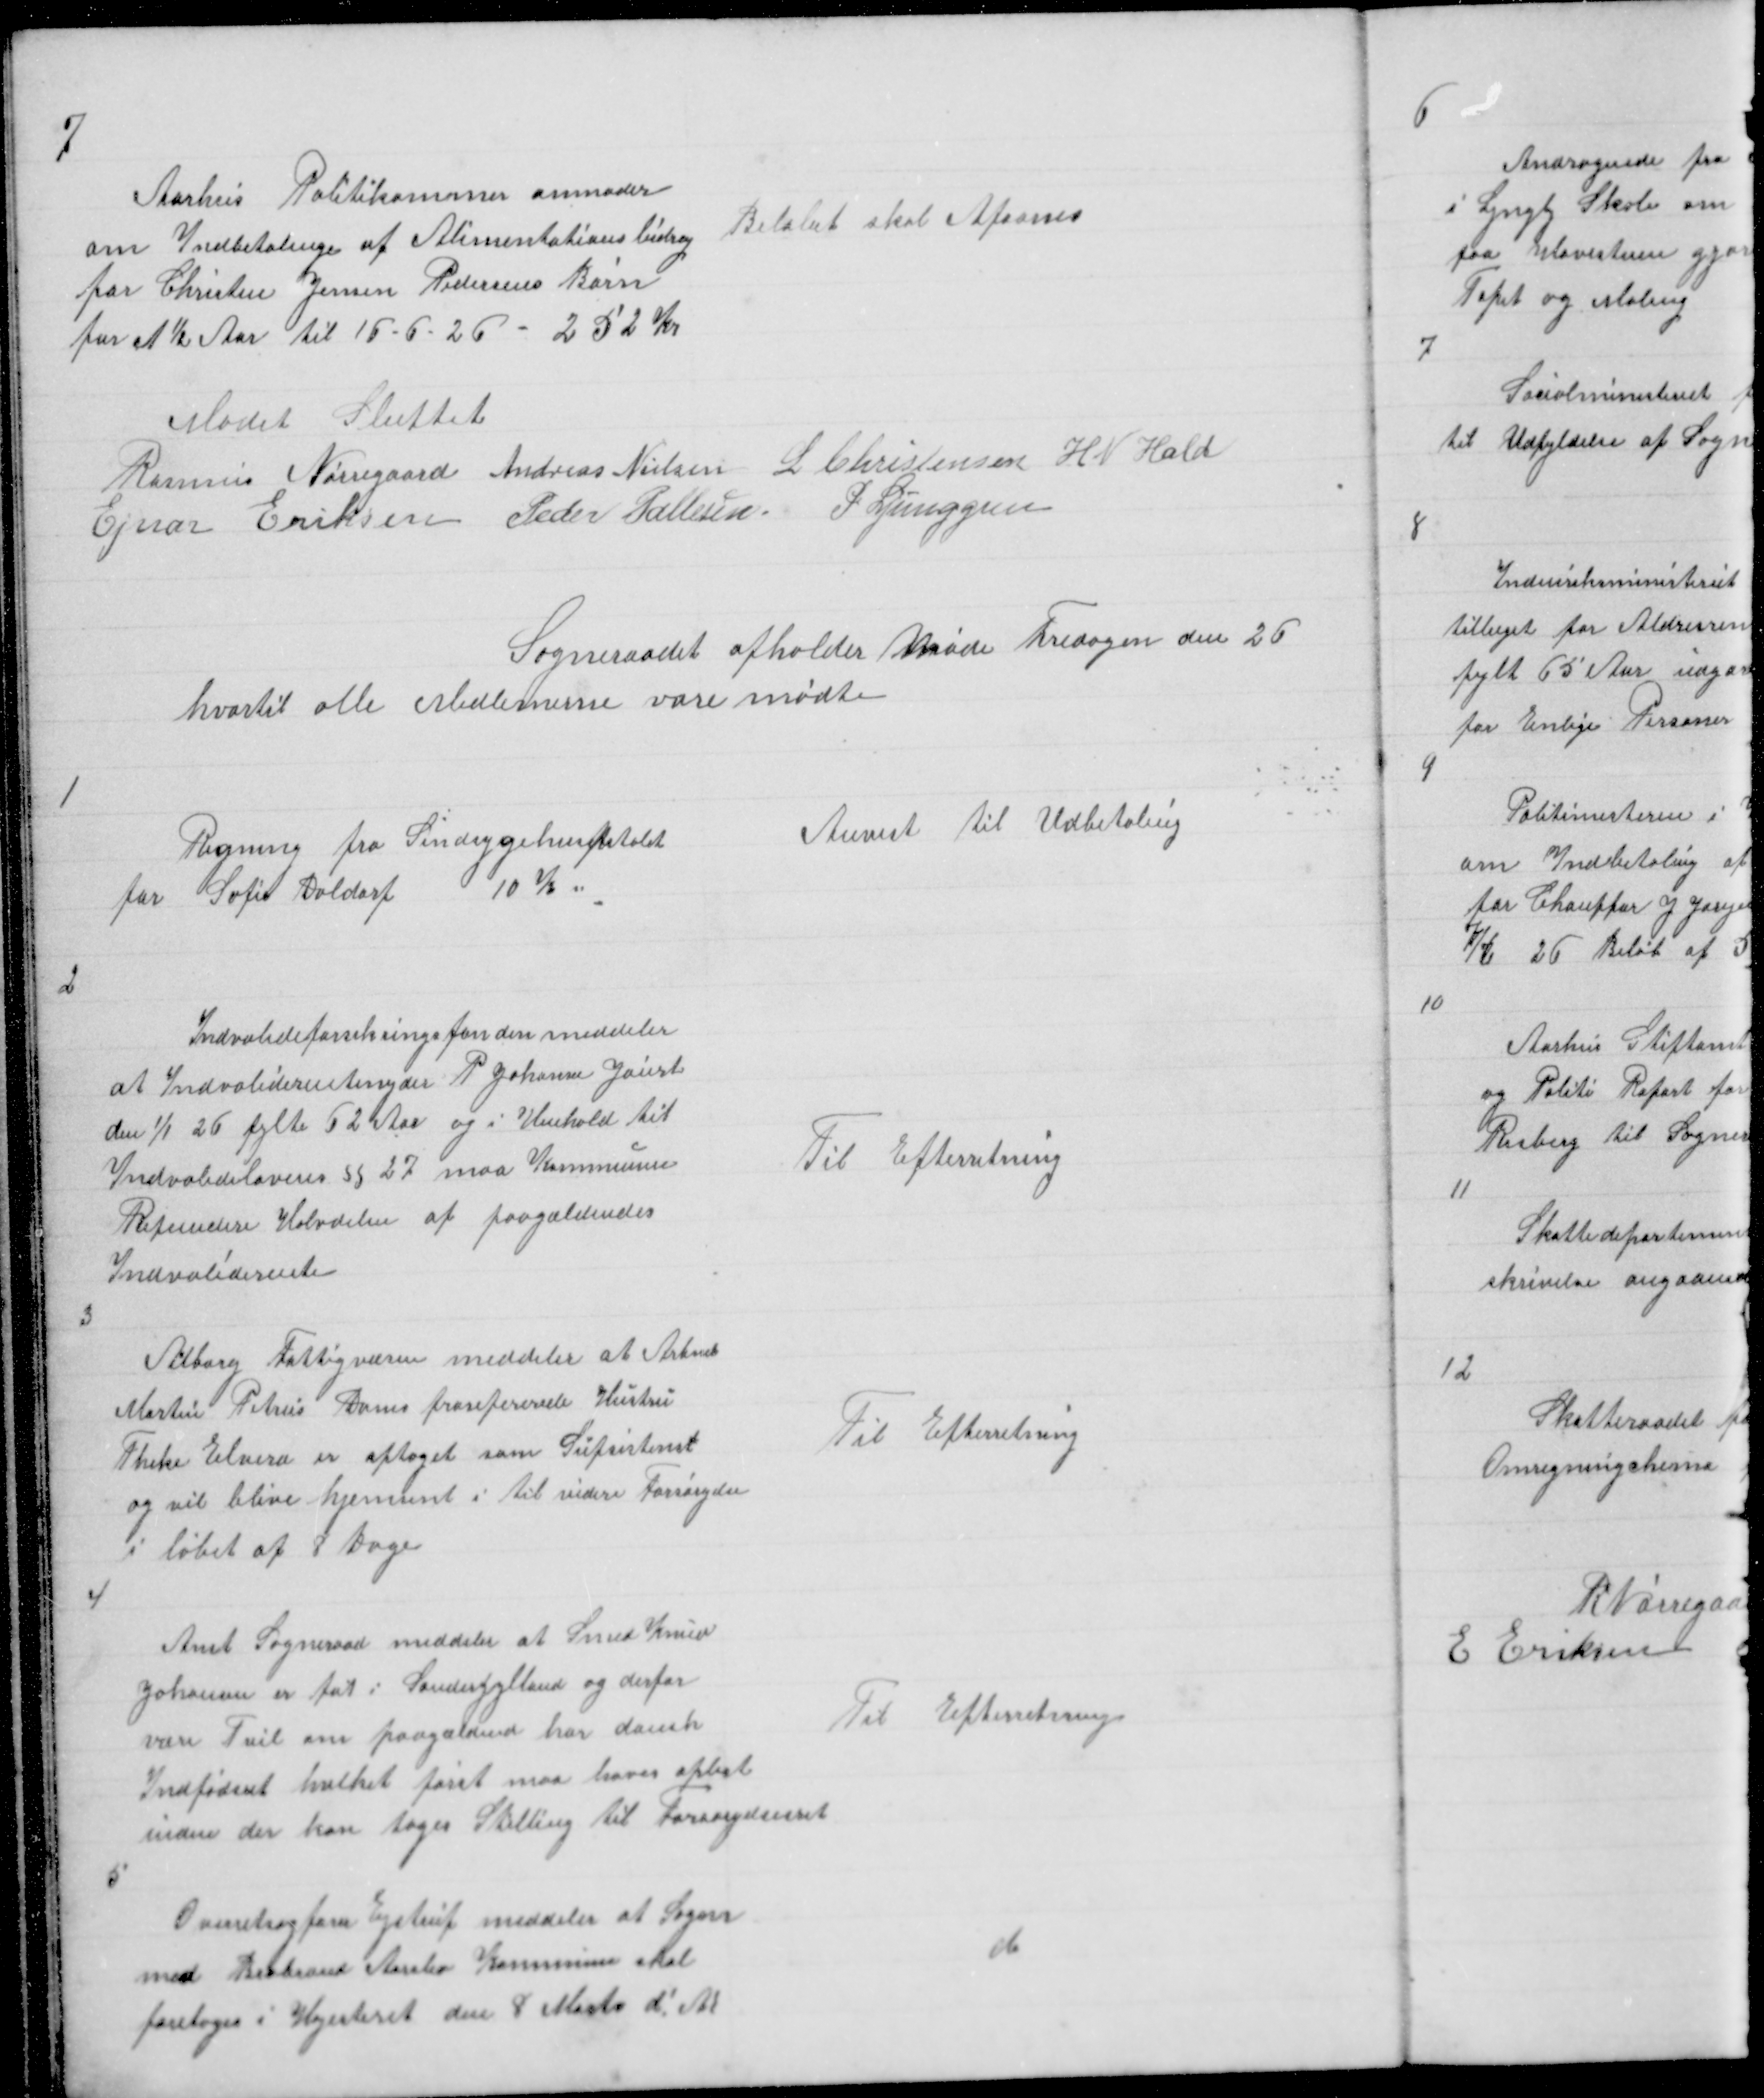
Transskription:
7

Aarhus Politikammer anmoder
om Indbetaling af Alimentationsbidrag
for Christen Jensen Pedersens Børn
for et ½ Aar til 16 - 6 26 - 252 Kr

Beløbet skal Afsones

Mødet sluttet
Rasmus Nørregaard Andreas Nielsen L Christensen H N Hald
Ejnar Eriksen Peder Pallesen P Ljunggren

Sogneraadet afholder Møde Fredagen den 26
hvortil alle Medlemerne vare mødte

1

Regning fra Sindsygehospitalet
for Sofie Daldorf 10 kr

Anvist til Udbetaling

2

Indvalideforsikringsfonden meddeler
at Indvaliderentenyder P Johanne Jaurt
den 1/1 26 fylte 62 Aar og i Henhold til
Indvalidelovens § 27 maa Kommunen
Refundere Halvdelen af paagældendes
Indvaliderente

Til Efterretning

3

Aalborg Fattigvæsen meddeler at Arbmd
Martin Petrus Dams frasepererede Hustru
Theke Elvira er optaget som Supsistenst
og vil blive hjemsent i til videre Forsørgelse
i løbet af 8 Dage

Til Efterretning

4

Anst Sogneraad meddeler at Smed Knud
Johansen et føt i Sønderjylland og derfor
Til Efterretning
være Tvil om paagældende har dansk
Indfødsret hvilket først maa haves oplyst
inden der kan tages Stilling til Forsørgelsesret
5

Overretssagfører Ejstrup meddeler at Sagen
med Brabrand Aarslev Kommune skal
foretages i Højesteret den 8 Marts d ! A!

Til Efterretning